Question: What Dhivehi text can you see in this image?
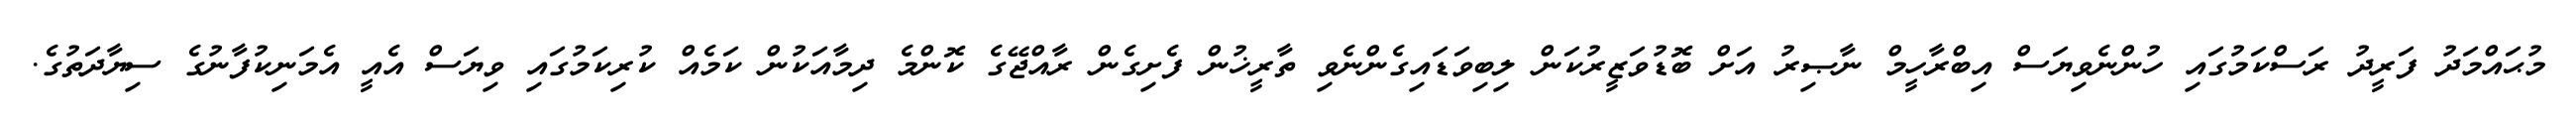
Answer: މުޙައްމަދު ފަރީދު ރަސްކަމުގައި ހުންނެވިޔަސް އިބްރާހީމް ނާޞިރު އަށް ބޮޑުވަޒީރުކަން ލިބިވަޑައިގެންނެވި ތާރީޚުން ފެށިގެން ރާއްޖޭގެ ކޮންމެ ދިމާއަކުން ކަމެއް ކުރިކަމުގައި ވިޔަސް އެއީ އެމަނިކުފާނުގެ ސިޔާދަތުގެ.